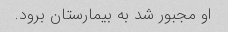
او مجبور شد به بیمارستان برود.